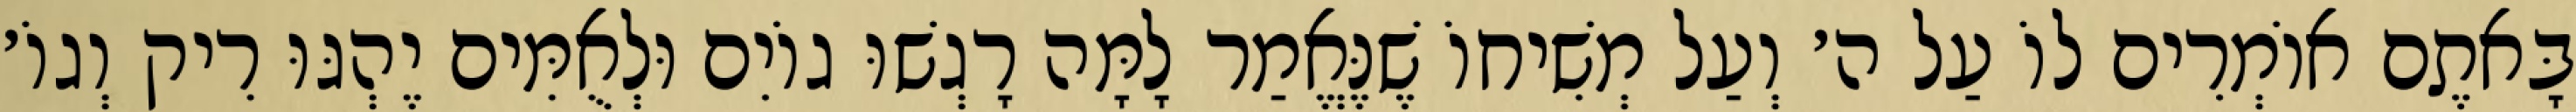
בָּאתֶם אוֹמְרִים לוֹ עַל ה׳ וְעַל מְשִׁיחוֹ שֶׁנֶּאֱמַר לָמָּה רָגְשׁוּ גוֹיִם וּלְאֻמִּים יֶהְגּוּ רִיק וְגוֹ׳